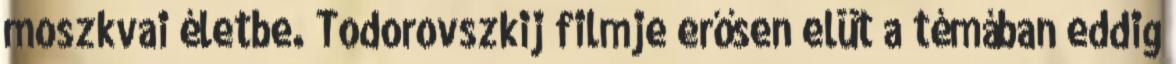
moszkvai életbe. Todorovszkij filmje erősen elüt a témában eddig